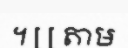
។ [ [ តាម